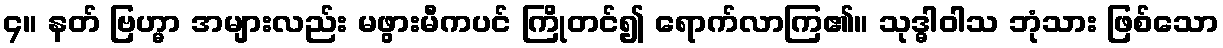
၄။ နတ် ဗြဟ္မာ အများလည်း မဖွားမီကပင် ကြိုတင်၍ ရောက်လာကြ၏။ သုဒ္ဓါဝါသ ဘုံသား ဖြစ်သော